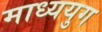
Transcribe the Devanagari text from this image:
माध्ययुग